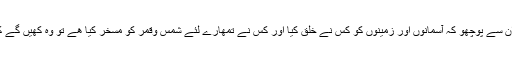
اور اگر تم ان سے پوچھو کہ آسمانوں اور زمینوں کو کس نے خلق کیا اور کس نے تمھارے لئے شمس وقمر کو مسخر کیا ھے تو وہ کھیں گے کہ الله نے !